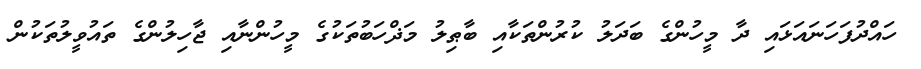
ހައްދުފަހަނައަޅައި ދާ މީހުންގެ ބަދަލު ކުރުންތަކާއި ބާޠިލު މަޛްހަބުތަކުގެ މީހުންނާއި ޖާހިލުންގެ ތައުވީލުތަކުން